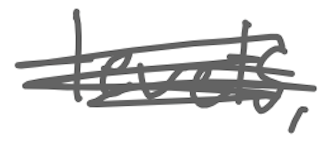
Text: levels,
Cross-out: scratch
Writing tool: digital_gray